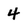
Character: 4